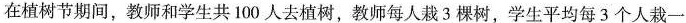
在植树节期间，教师和学生共100人去植树，教师每人栽3棵树，学生平均每3个人栽一